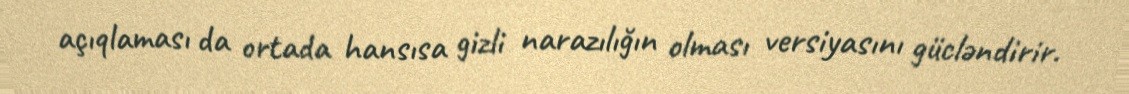
açıqlaması da ortada hansısa gizli narazılığın olması versiyasını gücləndirir.